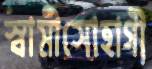
স্বামীসোহাগী